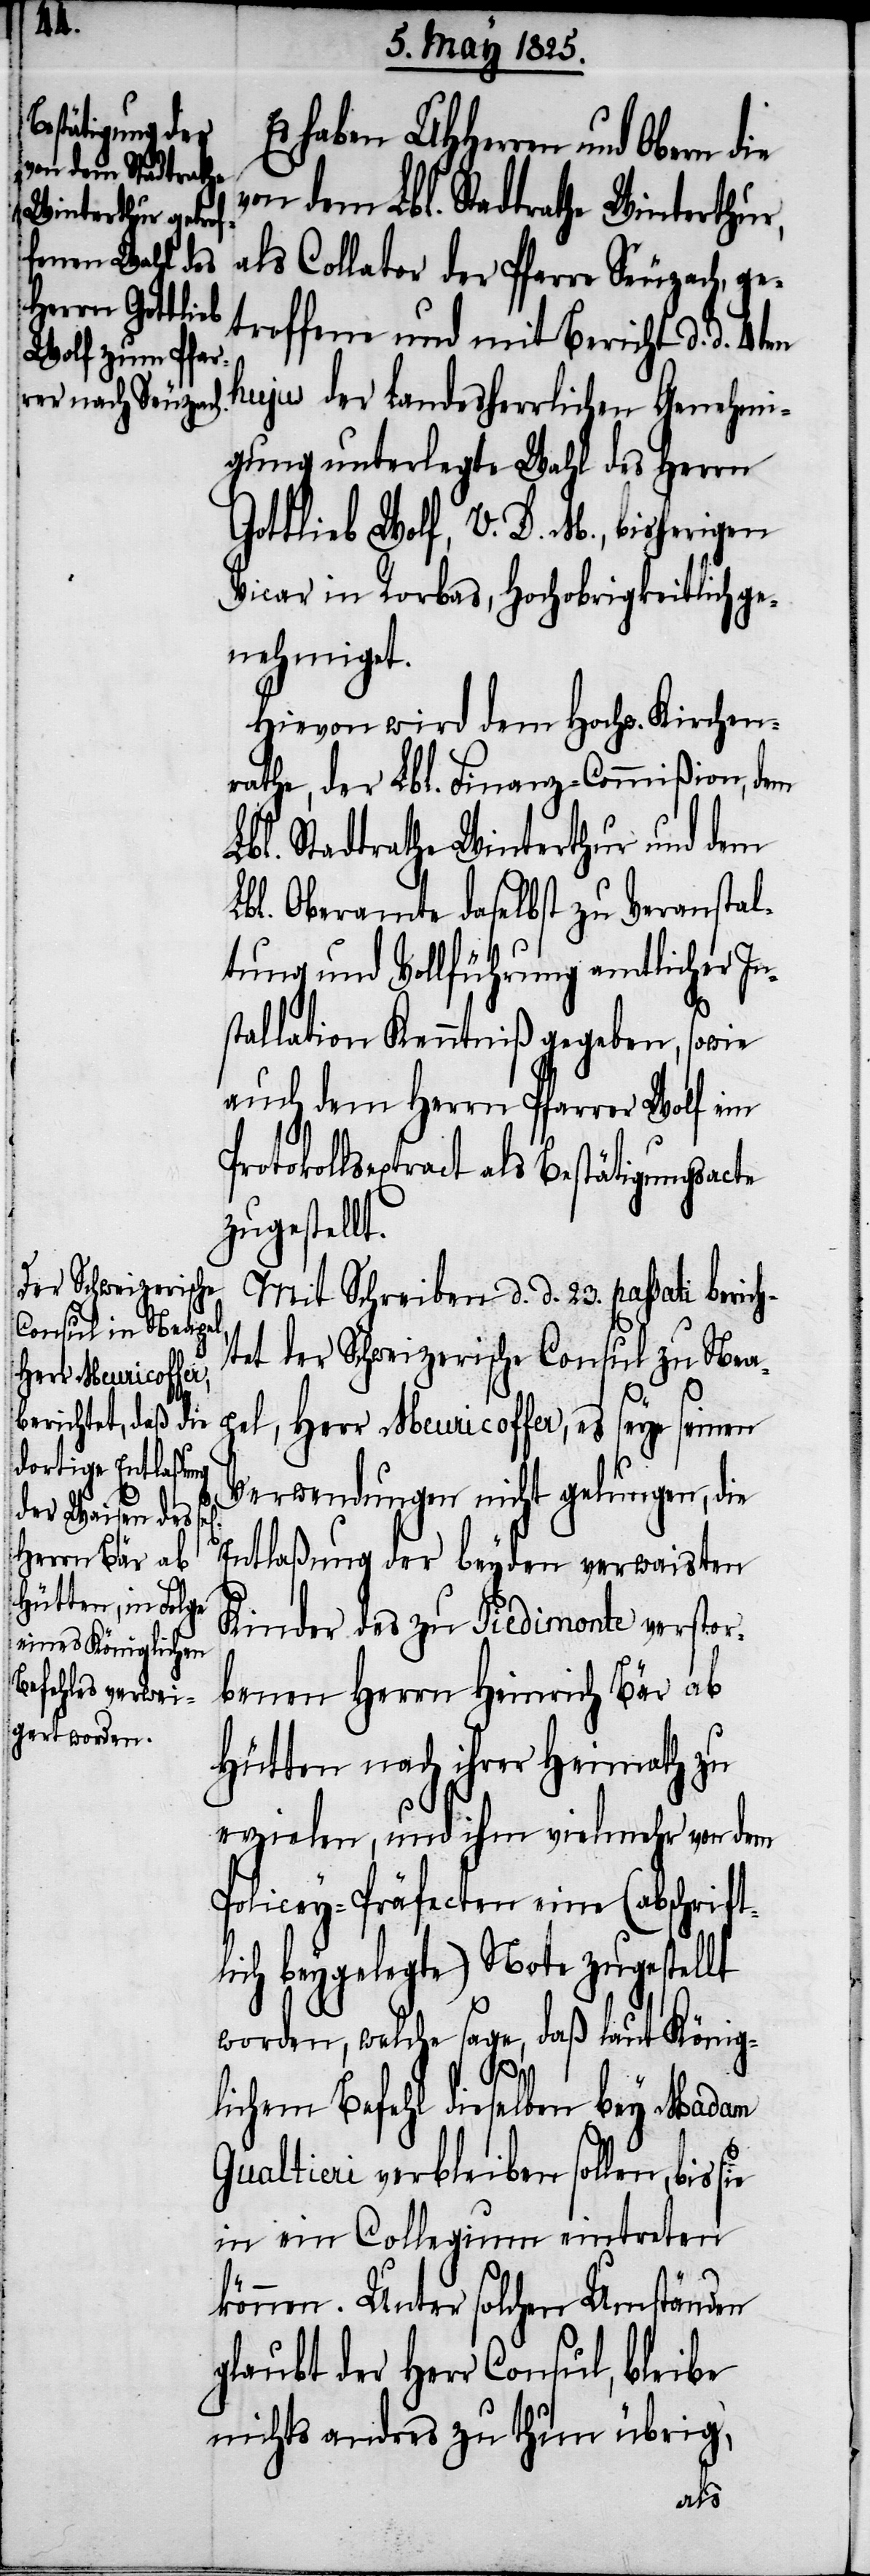
haben UHHerren und Obern die
von dem Lbl. Stadtrathe Winterthur,
als Collator der Pfarre Seuzach, ge¬
troffene und mit Bericht d. d.
hujus der Landesherrlichen Genehmi¬
gung unterlegte Wahl des Herrn
Gottlieb Wolf, V. D. M., bisherigen
Vicar in Rorbas, Hochobrigkeitlich ge¬
nehmigt.
Hievon wird dem Hochw. Kirchen¬
rathe, der Lbl. Finanz-Commißion, dem
Lbl. Stadtrathe Winterthur und dem
Lbl. Oberamte daselbst zu Veranstal¬
tung und Vollführung amtlicher In¬
stallation Kenntniß gegeben, sowie
auch dem Herrn Pfarrer Wolf ein
tokollsextract als Bestätigungsacte
zugestellt.
Mit Schreiben d. d. 23. passati berich¬
tet der Schweizerische Consul zu Nea¬
Herr Meuricoffer,
Verwendungen nicht gelungen, die
Entlaßung der beyden verwaisten
Kinder des zu Piedimonte verstor¬
benen Herrn Heinrich Bär ab
Hütten nach ihrer Heimath zu
erzielen, und ihm vielmehr von dem
Policey-Präfecten eine (abschrift¬
lich beygelegte) Note zugestellt
worden, welche sage, daß laut König¬
pel,
lichem Befehl dieselben bey Madam
Gualtieri verbleiben sollen, bis
in ein Collegium eintreten
können. Unter solchen Umständen
glaubt der Herr Consul, bleibe
nichts anders zu thun übrig,